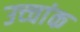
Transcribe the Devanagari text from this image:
उच्‍चांक